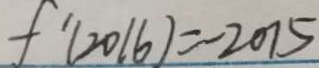
f ^ { \prime } ( 2 0 1 6 ) = - 2 0 7 5